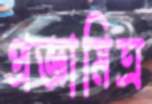
প্রজ্ঞামিত্র